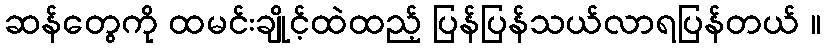
ဆန်တွေကို ထမင်းချိုင့်ထဲထည့် ပြန်ပြန်သယ်လာရပြန်တယ် ။